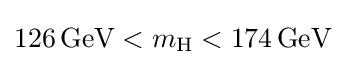
126\,{\text{GeV}}<m_{\text{H}}<174\,{\text{GeV}}